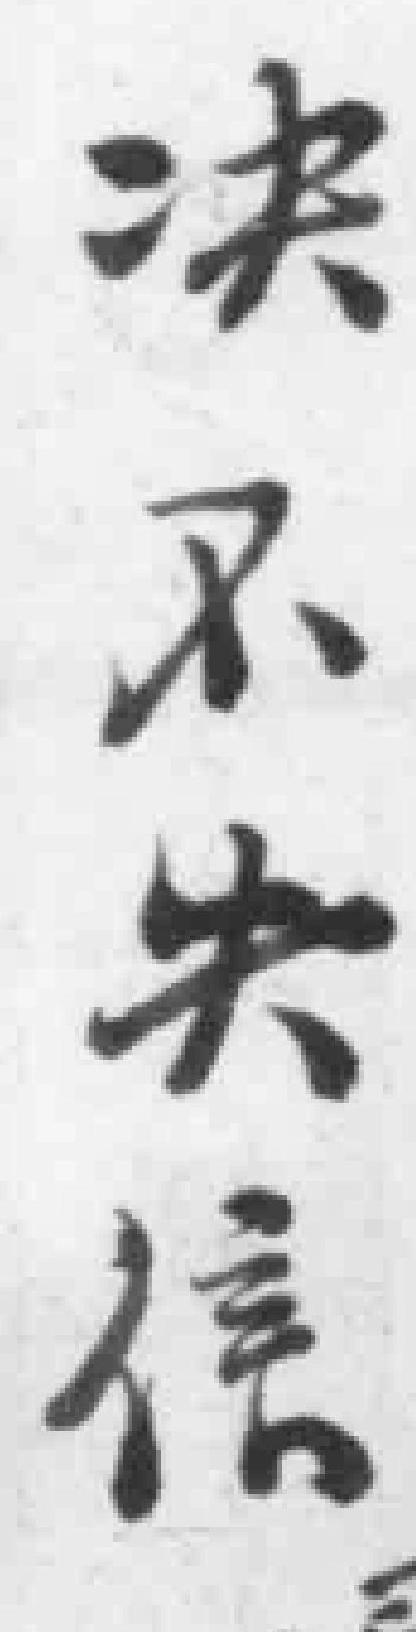
决不失信